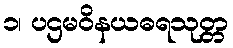
၁၊ ပဌမဝိနယဓရသုတ္တ